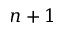
n + 1